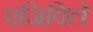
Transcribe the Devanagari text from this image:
एजिविले